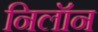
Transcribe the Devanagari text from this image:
निलॉन